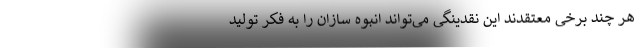
هر چند برخی معتقدند این نقدینگی می‌تواند انبوه سازان را به فکر تولید